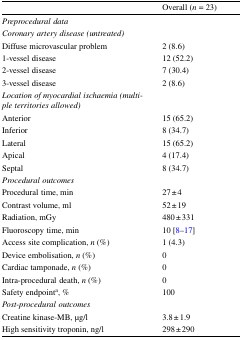
<table><thead><tr><td></td><td><b>Overall (<i>n</i> = 23)</b></td></tr></thead><tbody><tr><td><i>Preprocedural data</i></td><td></td></tr><tr><td><i>Coronary artery disease (untreated)</i></td><td></td></tr><tr><td>Diffuse microvascular problem</td><td>2 (8.6)</td></tr><tr><td>1-vessel disease</td><td>12 (52.2)</td></tr><tr><td>2-vessel disease</td><td>7 (30.4)</td></tr><tr><td>3-vessel disease</td><td>2 (8.6)</td></tr><tr><td><i>Location of myocardial ischaemia (multiple territories allowed)</i></td><td></td></tr><tr><td>Anterior</td><td>15 (65.2)</td></tr><tr><td>Inferior</td><td>8 (34.7)</td></tr><tr><td>Lateral</td><td>15 (65.2)</td></tr><tr><td>Apical</td><td>4 (17.4)</td></tr><tr><td>Septal</td><td>8 (34.7)</td></tr><tr><td><i>Procedural outcomes</i></td><td></td></tr><tr><td>Procedural time, min</td><td>27 ± 4</td></tr><tr><td>Contrast volume, ml</td><td>52 ± 19</td></tr><tr><td>Radiation, mGy</td><td>480 ± 331</td></tr><tr><td>Fluoroscopy time, min</td><td>10 [8–17]</td></tr><tr><td>Access site complication, <i>n</i> (%)</td><td>1 (4.3)</td></tr><tr><td>Device embolisation, <i>n</i> (%)</td><td>0</td></tr><tr><td>Cardiac tamponade, <i>n</i> (%)</td><td>0</td></tr><tr><td>Intra-procedural death, <i>n</i> (%)</td><td>0</td></tr><tr><td>Safety endpoint<sup>a</sup>, %</td><td>100</td></tr><tr><td><i>Post-procedural outcomes</i></td><td></td></tr><tr><td>Creatine kinase-MB, μg/l</td><td>3.8 ± 1.9</td></tr><tr><td>High sensitivity troponin, ng/l</td><td>298 ± 290</td></tr></tbody></table>